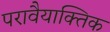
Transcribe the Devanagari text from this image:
परावैयाक्तिक